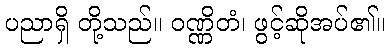
ပညာရှိ တို့သည်။ ဝဏ္ဏိတံ၊ ဖွင့်ဆိုအပ်၏။